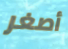
أصغر